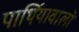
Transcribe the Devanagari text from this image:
पार्थियावालों